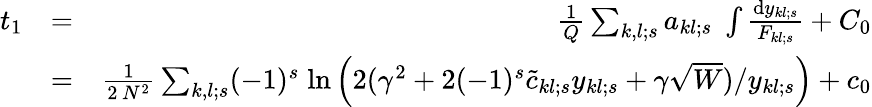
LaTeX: \begin{array}{rlr}{t_{1}}&{=}&{{\frac{1}{Q}}\sum_{k,l;s}a_{kl;s}\; \int{\frac{\mathrm{d}y_{kl;s}}{F_{kl;s}}}+C_{0}}\\ &{=}&{{\frac{1}{2\, N^{2}}}\sum_{k,l;s}(-1)^{s}\; \mathrm{ln}\left(2(\gamma^{2}+2(-1)^{s}\tilde{c}_{kl;s}y_{kl;s}+\gamma\sqrt{W})/y_{kl;s}\right)+c_{0}}\end{array}